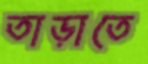
তাড়াতে